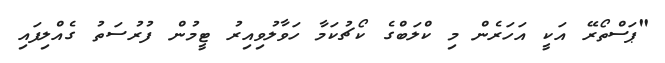
"ޕަސްތޯރޭ އަކީ އަހަރެން މި ކްލަބްގެ ކޯޗުކަމާ ހަވާލުވިއިރު ޓީމުން ފުރުސަތު ގެއްލިފައި